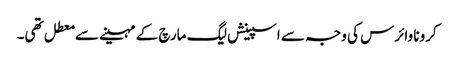
کرونا وائرس کی وجہ سے اسپینش لیگ مارچ کے مہینے سے معطل تھی۔